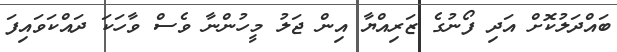
ބައްދަލުކޮށް އަދި ފޯނުގެ ޒަރިއްޔާ އިން ޖަލު މީހުންނާ ވެސް ވާހަކަ ދައްކަވައިފަ